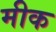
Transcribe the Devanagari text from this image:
मीक